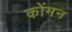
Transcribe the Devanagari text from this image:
कोंमन